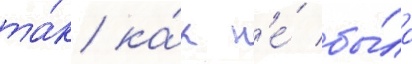
та́к ка́к н'е́ бы́ло